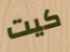
كيت